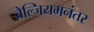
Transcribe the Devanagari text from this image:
बेल्जियमनंतर